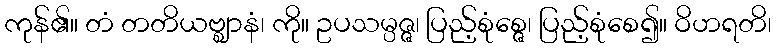
ကုန်၏။ တံ တတိယဗ္ဈာနံ၊ ကို။ ဥပသမ္ပဇ္ဇ၊ ပြည့်စုံစ္ဇေ၊ ပြည့်စုံစေ၍။ ဝိဟရတိ၊